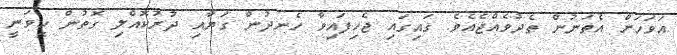
އަވަހަށް އެތަނުން ތެދުވެއްޖެއެވެ. ގައިގައި ޖެހިފައިވާ ހެނދުން ގަޔާއި ދުރުކޮއްލި ގޮތުން ހީވަނީ